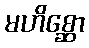
မဟိစ္ဆော